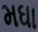
મઘા